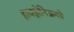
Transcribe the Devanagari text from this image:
हायड्रोनिअमचे